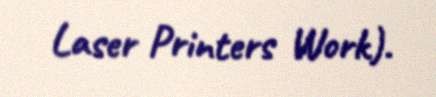
Laser Printers Work).